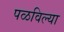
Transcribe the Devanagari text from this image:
पळविल्या